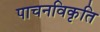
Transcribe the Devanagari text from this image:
पाचनविकृति